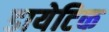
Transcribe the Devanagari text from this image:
डायेटिक